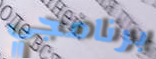
برنامجي